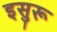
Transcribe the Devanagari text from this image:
इसुरू